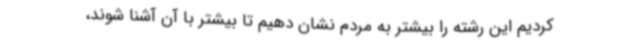
کردیم این رشته را بیشتر به مردم نشان دهیم تا بیشتر با آن آشنا شوند،